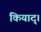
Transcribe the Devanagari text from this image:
कियाद्।